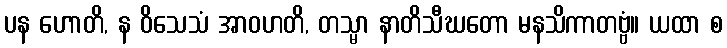
ပန ဟောတိ, န ဝိသေသံ အာဝဟတိ, တသ္မာ နာတိသီဃတော မနသိကာတဗ္ဗံ။ ယထာ စ